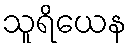
သူရိယေန